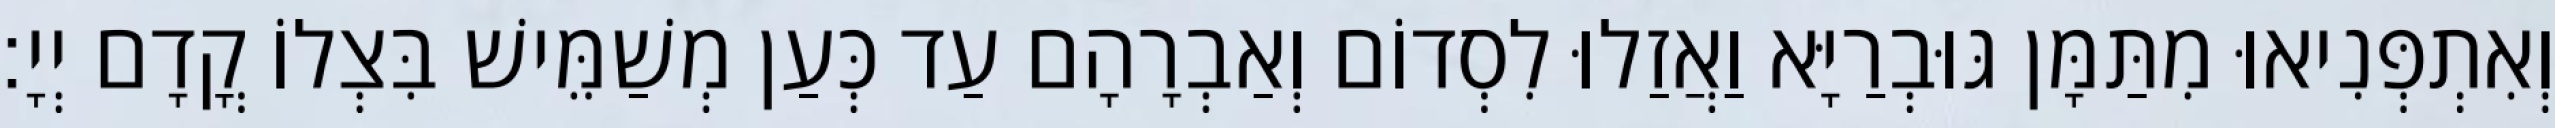
וְאִתְפְּנִיאוּ מִתַּמָּן גּוּבְרַיָּא וַאֲזַלוּ לִסְדוֹם וְאַבְרָהָם עַד כְּעַן מְשַׁמֵּישׁ בִּצְלוֹ קֳדָם יְיָ׃